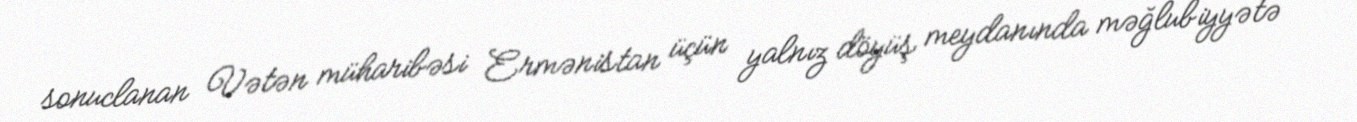
sonuclanan Vətən müharibəsi Ermənistan üçün yalnız döyüş meydanında məğlubiyyətə